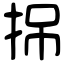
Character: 𢬢